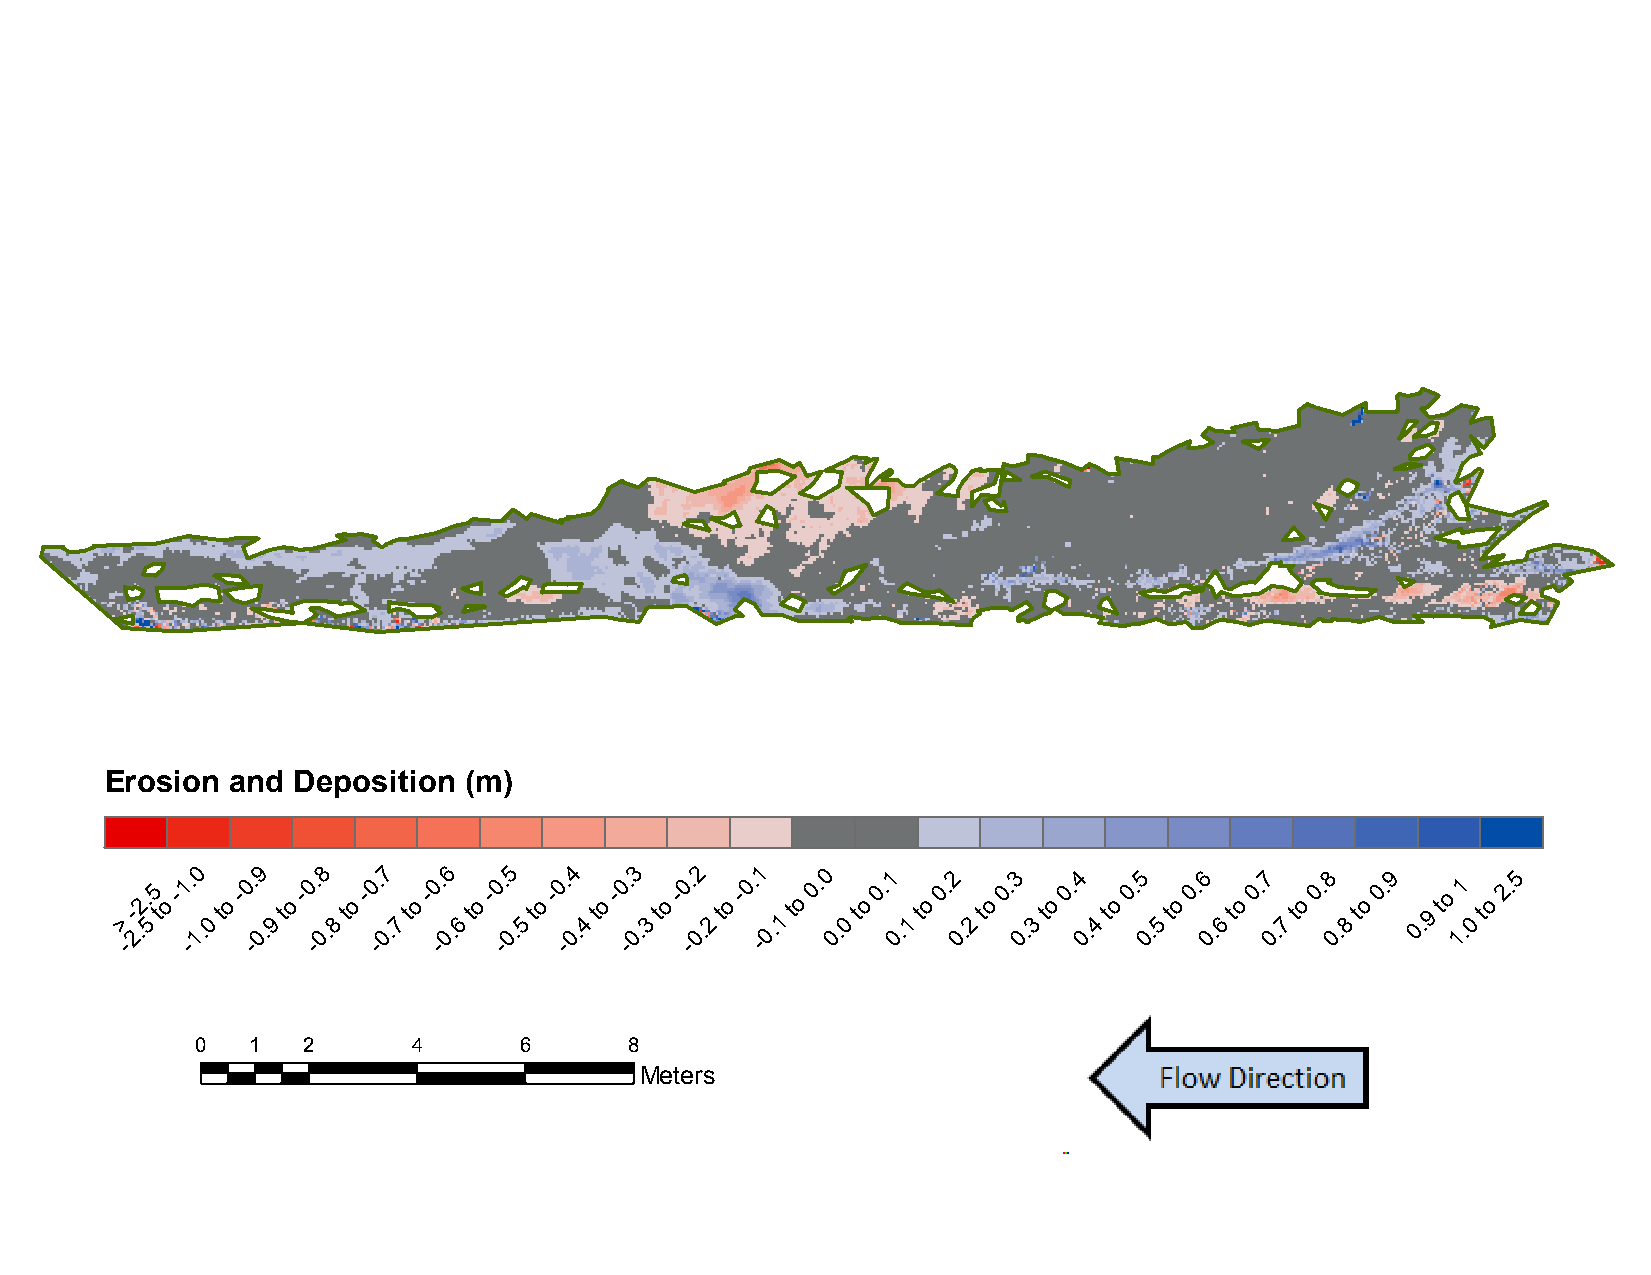
B20:    November           2013     to  September           2014
 Erosion and Deposition  (m)
 >
 -
 -
 2.2.
 5
 5
 t
 o
 -1 -. 10
 .0
 to
 -0 -. 09
 .9
 to
 -0 -. 08
 .8
 to
 -0 -. 07
 .7
 to
 -0 -. 06
 .6
 to
 -0 -. 05
 .5
 to
 -0 -. 04
 .4
 to
 -0 -. 03
 .3
 to
 -0 -. 02
 .2
 to
 -0. -1
 0.1
 to
 0. 0
 0.
 0
 to
 0.1
 0
 .1
 to
 0.2
 0
 .2
 to
 0.3
 0
 .3
 to
 0.4
 0.
 4
 to
 0.5
 0.
 5
 to
 0.6
 0.
 6
 to
 0.7
 0.
 7
 to
 0.8
 0.
 8
 to
 0.9
 0. 9
 to
 11
 .0
 to
 2.5
 0  1   2      4      6       8
 Meters